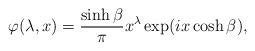
LaTeX: \begin{align*}\varphi(\lambda,x)=\frac{\sinh\beta}{\pi}x^{\lambda}\exp(ix\cosh\beta),\end{align*}